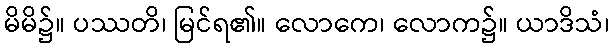
မိမိ၌။ ပဿတိ၊ မြင်ရ၏။ လောကေ၊ လောက၌။ ယာဒိသံ၊